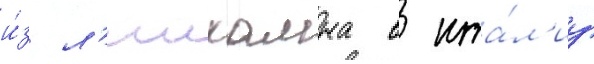
и́з л'имхамна в ита́л'иу